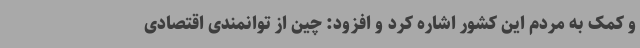
و کمک به مردم این کشور اشاره کرد و افزود: چین از توانمندی اقتصادی